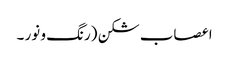
اعصاب شکن (رنگ و نور ۔